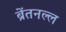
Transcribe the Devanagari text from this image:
ब्रेंतनल्ल